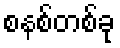
စနစ်တစ်ခု